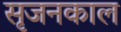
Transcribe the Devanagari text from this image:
सृजनकाल